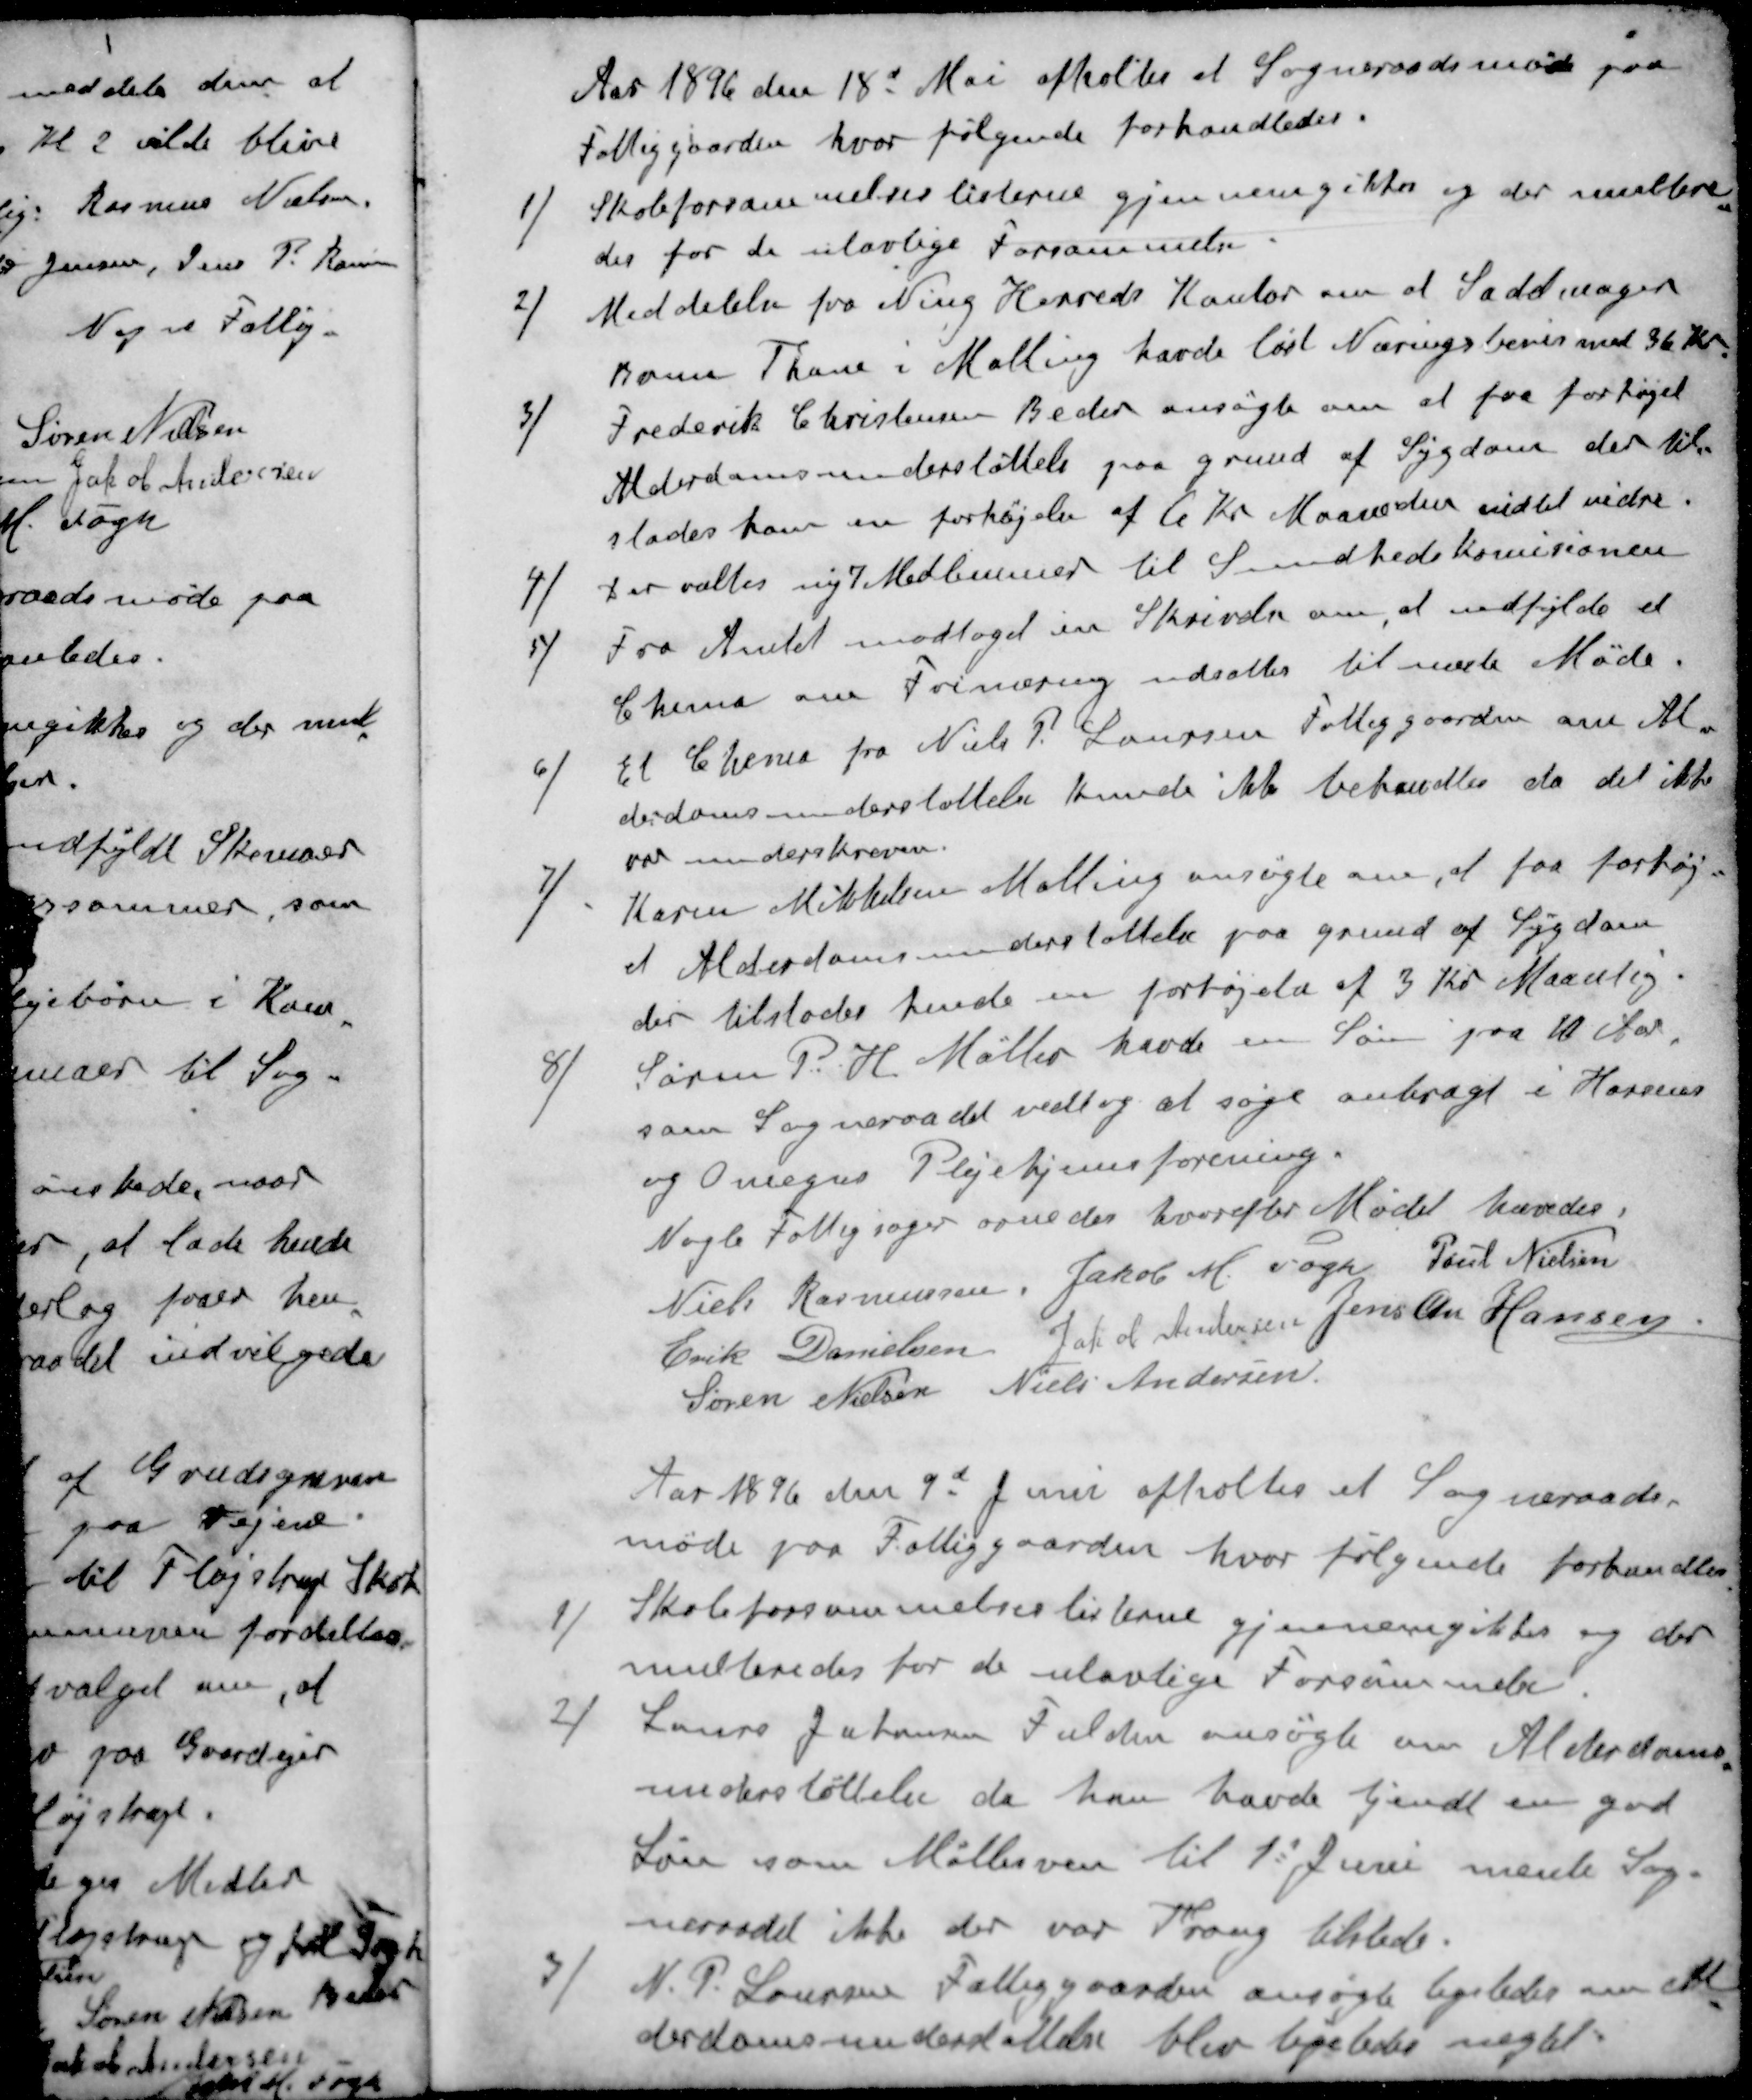
Transskription:
Aar 1896 den 18d Mai afholtes et Sogneraadsmøde paa
Fattiggaarden, hvor følgende forhandledes.
1 ) Skoleforsømmelseslisterne gjennemgikkes og der multere-
des for de ulovlige Forsømmelse
2 ) Meddelelse fra Ning Herreds Kontor om at Sadelmager
 Thane i Malling havde løst Næringsbevis med 36 Kr
3 ) Frederik Christensen Beder ansøgte om at faa forhøjet
Alderdomsunderstøttelse paa grund af Sygdom der til-
stodes ham en forhøjelse af 6 Kr Maaneden indtil vidre.
4 ) Der valtes ny 7 Medlemmer til Sundhedskomisionen
5 ) Fra Amtet modtaget en Skrivelse om, at udfylde et
Chema om Frinæring udsættes til næste Møde.
6 ) Et Chema fra Niels P. Laursen Fattiggaarden om Al-
derdomsunderstøttelse kunde ikke behandles da det ikke
var underskreven
7 ) Karen Mikkelsen Malling ansøgte om, at faa forhøj-
et Alderdomsunderstøttelse paa Grund af Sygdom
der tilstodes hende en forhøjelse af 3 Kr Maanlig.
8 ) Søren P. H. Møller havde en Søn paa 10 Aar.
som Sogneraadet vedtog at søge anbragt i Horsens
og Omegns Plejehjemsforening.
Nogle Fattigsager ornedes hvorefter Mødet hævedes.
Niels Rasmussen
Jakob M. Fogh
Poul Nielsen
Erik Danielsen
Jakob Andersen
Jens Chr Hansen
Søren Nielsen
Niels Andersen
Aar 1896 den 9d Juni afholtes et Sogneraads-
møde paa Fattiggaarden, hvor følgende forhandles
1 ) Skoleforsømmelseslisterne gjennemgikkes og der
multeredes for de ulovlige Forsømmelse.
2 ) Laurs Johansen Fulden ansøgte om Alderdoms-
understøttelse da han havde tjendt en god
Løn som Møllesven til 1' Juni mente Sog-
neraadet ikke der var Trang tilstede.
3 ) N. P. Laursen Fattiggaarden ansøgte ligeledes om Al-
derdomsundersøttelse blev ligeledes negtet.